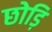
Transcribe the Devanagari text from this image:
छोड़ि